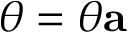
{ \boldsymbol { \theta } } = \theta \mathbf { a }